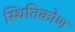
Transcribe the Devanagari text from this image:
स्थितिकोण